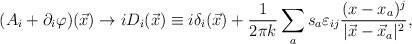
LaTeX: \begin{align*}(A_{i}+\partial_i \varphi)(\vec x) \rightarrow iD_{i}(\vec x)\equiv i\delta_i (\vec x) + \frac {1}{2\pi k} \sum _{a} s_{a}\varepsilon_{ij} \frac{(x-x_{a})^{j}}{|\vec x - \vec x_{a}|^{2}},\end{align*}